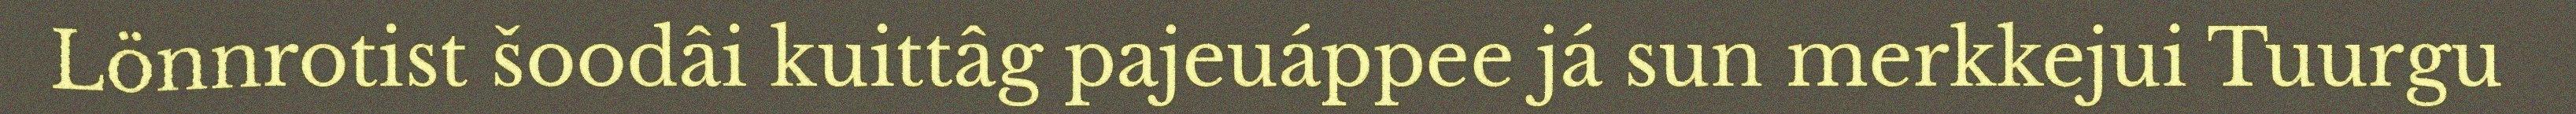
Lönnrotist šoodâi kuittâg pajeuáppee já sun merkkejui Tuurgu